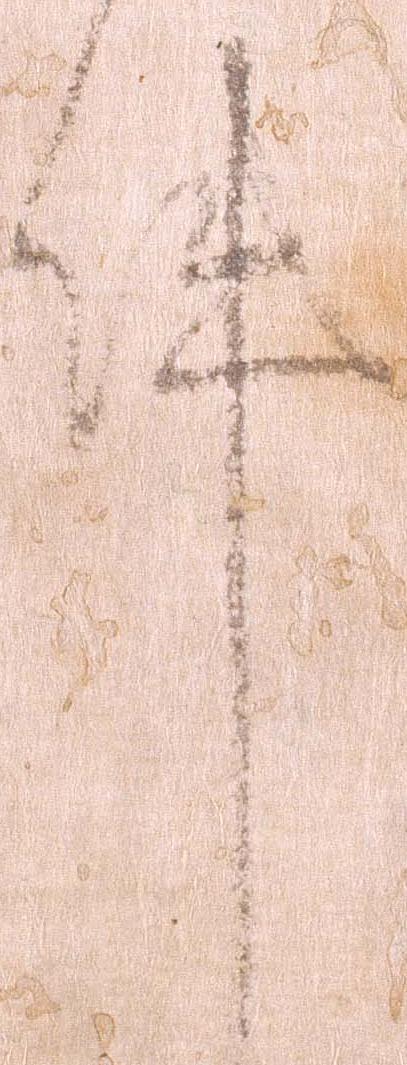
件